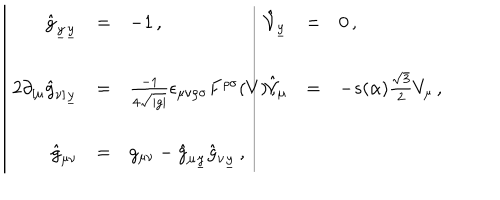
\begin{array} { | r c l | r c l } { { \hat { g } _ { \underline { { { y } } } \underline { { { y } } } } } } & { { = } } & { { - 1 \, , } } & { { \hat { \mathcal { V } } _ { \underline { { { y } } } } } } & { { = } } & { { 0 \, , } } \\ { { } } & { { } } & { { } } & { { } } & { { } } & { { } } \\ { { 2 \partial _ { [ \mu } \hat { g } _ { \nu ] \underline { { { y } } } } } } & { { = } } & { { \frac { - 1 } { 4 \sqrt { | g | } } \epsilon _ { \mu \nu \rho \sigma } F ^ { \rho \sigma } ( V ) \, , \hspace { 1 c m } } } & { { \hat { \mathcal { V } } _ { \mu } } } & { { = } } & { { - s ( \alpha ) \frac { \sqrt { 3 } } { 2 } V _ { \mu } \, , } } \\ { { } } & { { } } & { { } } & { { } } & { { } } & { { } } \\ { { \hat { g } _ { \mu \nu } } } & { { = } } & { { g _ { \mu \nu } - \hat { g } _ { \mu \underline { { { y } } } } \hat { g } _ { \nu \underline { { { y } } } } \, , } } & { { } } & { { } } & { { } } \\ \end{array}